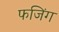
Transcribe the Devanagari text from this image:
फजिंग